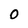
Character: O